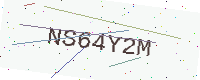
Text: NS64Y2M